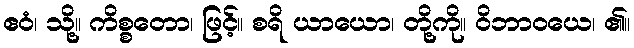
ဧဝံ၊ သို့။ ကိစ္စတော၊ ဖြင့်။ စရိ ယာယော၊ တို့ကို။ ဝိဘာဝယေ၊ ၏။